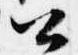
公